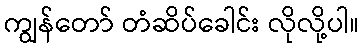
ကျွန်တော် တံဆိပ်ခေါင်း လိုလို့ပါ။